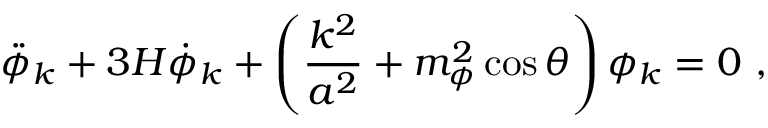
\ddot { \phi } _ { k } + 3 H \dot { \phi } _ { k } + \left( { \frac { k ^ { 2 } } { a ^ { 2 } } } + m _ { \phi } ^ { 2 } \cos \theta \right) \phi _ { k } = 0 \ ,